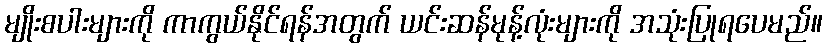
မျိုးစပါးများကို ကာကွယ်နိုင်ရန်အတွက် ယင်းဆန်မုန့်လုံးများကို အသုံးပြုရပေမည်။